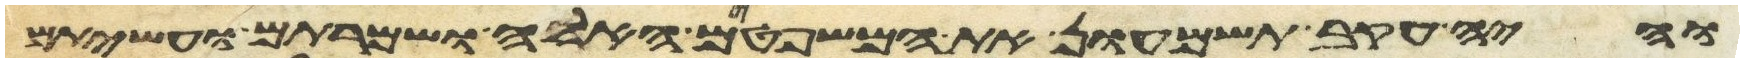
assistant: והיה עקב תשמעון את המשפטים האלה ושמרתם ועשיתם